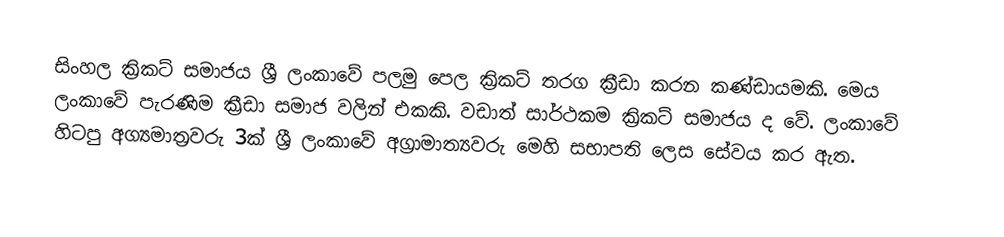
සිංහල ක්‍රිකට් සමාජය ශ්‍රී ලංකාවේ පලමු පෙල ක්‍රිකට් තරග ක්‍රීඩා කරන කණ්ඩායමකි. මෙය ලංකාවේ පැරණිම  ක්‍රීඩා සමාජ වලින් එකකි. වඩාත් සාර්ථකම ක්‍රිකට් සමාජය ද වේ. ලංකාවේ හිටපු අග්‍යමාත්‍රවරු 3ක්  ශ්‍රී ලංකාවේ අග්‍රාමාත්‍යවරු  මෙහි සභාපති ලෙස සේවය කර ඇත.